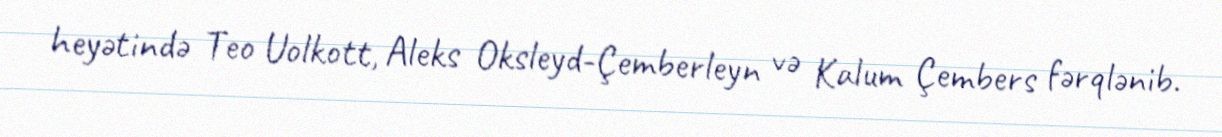
heyətində Teo Uolkott, Aleks Oksleyd-Çemberleyn və Kalum Çembers fərqlənib.